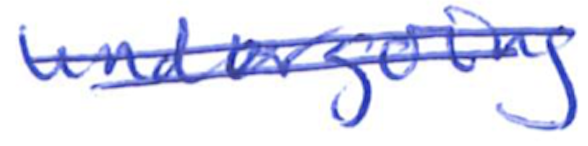
Text: undergoing
Cross-out: double-line
Writing tool: ballpoint